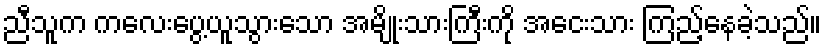
ညီသူက ကလေးပွေ့ယူသွားသော အမျိုးသားကြီးကို အငေးသား ကြည့်နေခဲ့သည်။